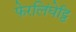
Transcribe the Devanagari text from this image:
फेरलिंघेट्टि